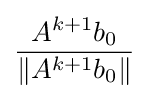
{\frac {A^{k+1}b_{0}}{\|A^{k+1}b_{0}\|}}